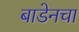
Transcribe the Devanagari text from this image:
बाडेनचा